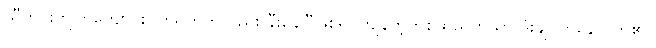
သီတင်းကျွတ်ကျောင်းပိတ်ရက်ကလည်း နီးနေပြီဖြစ်၍ ကျန်တဲ့တစ်ထည်ကိုသာ ဒုံးချဝတ်နေလိုက်၏။